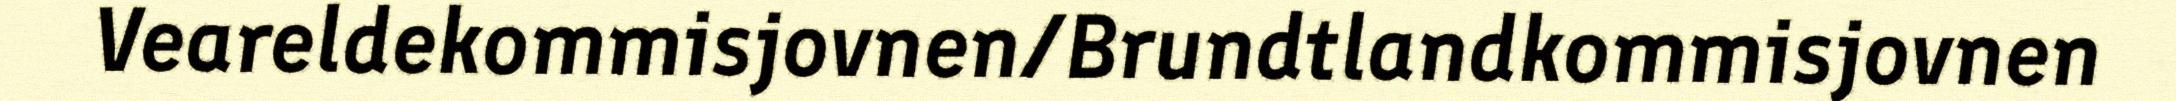
Veareldekommisjovnen/Brundtlandkommisjovnen